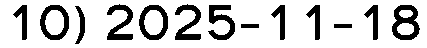
10) 2025-11-18